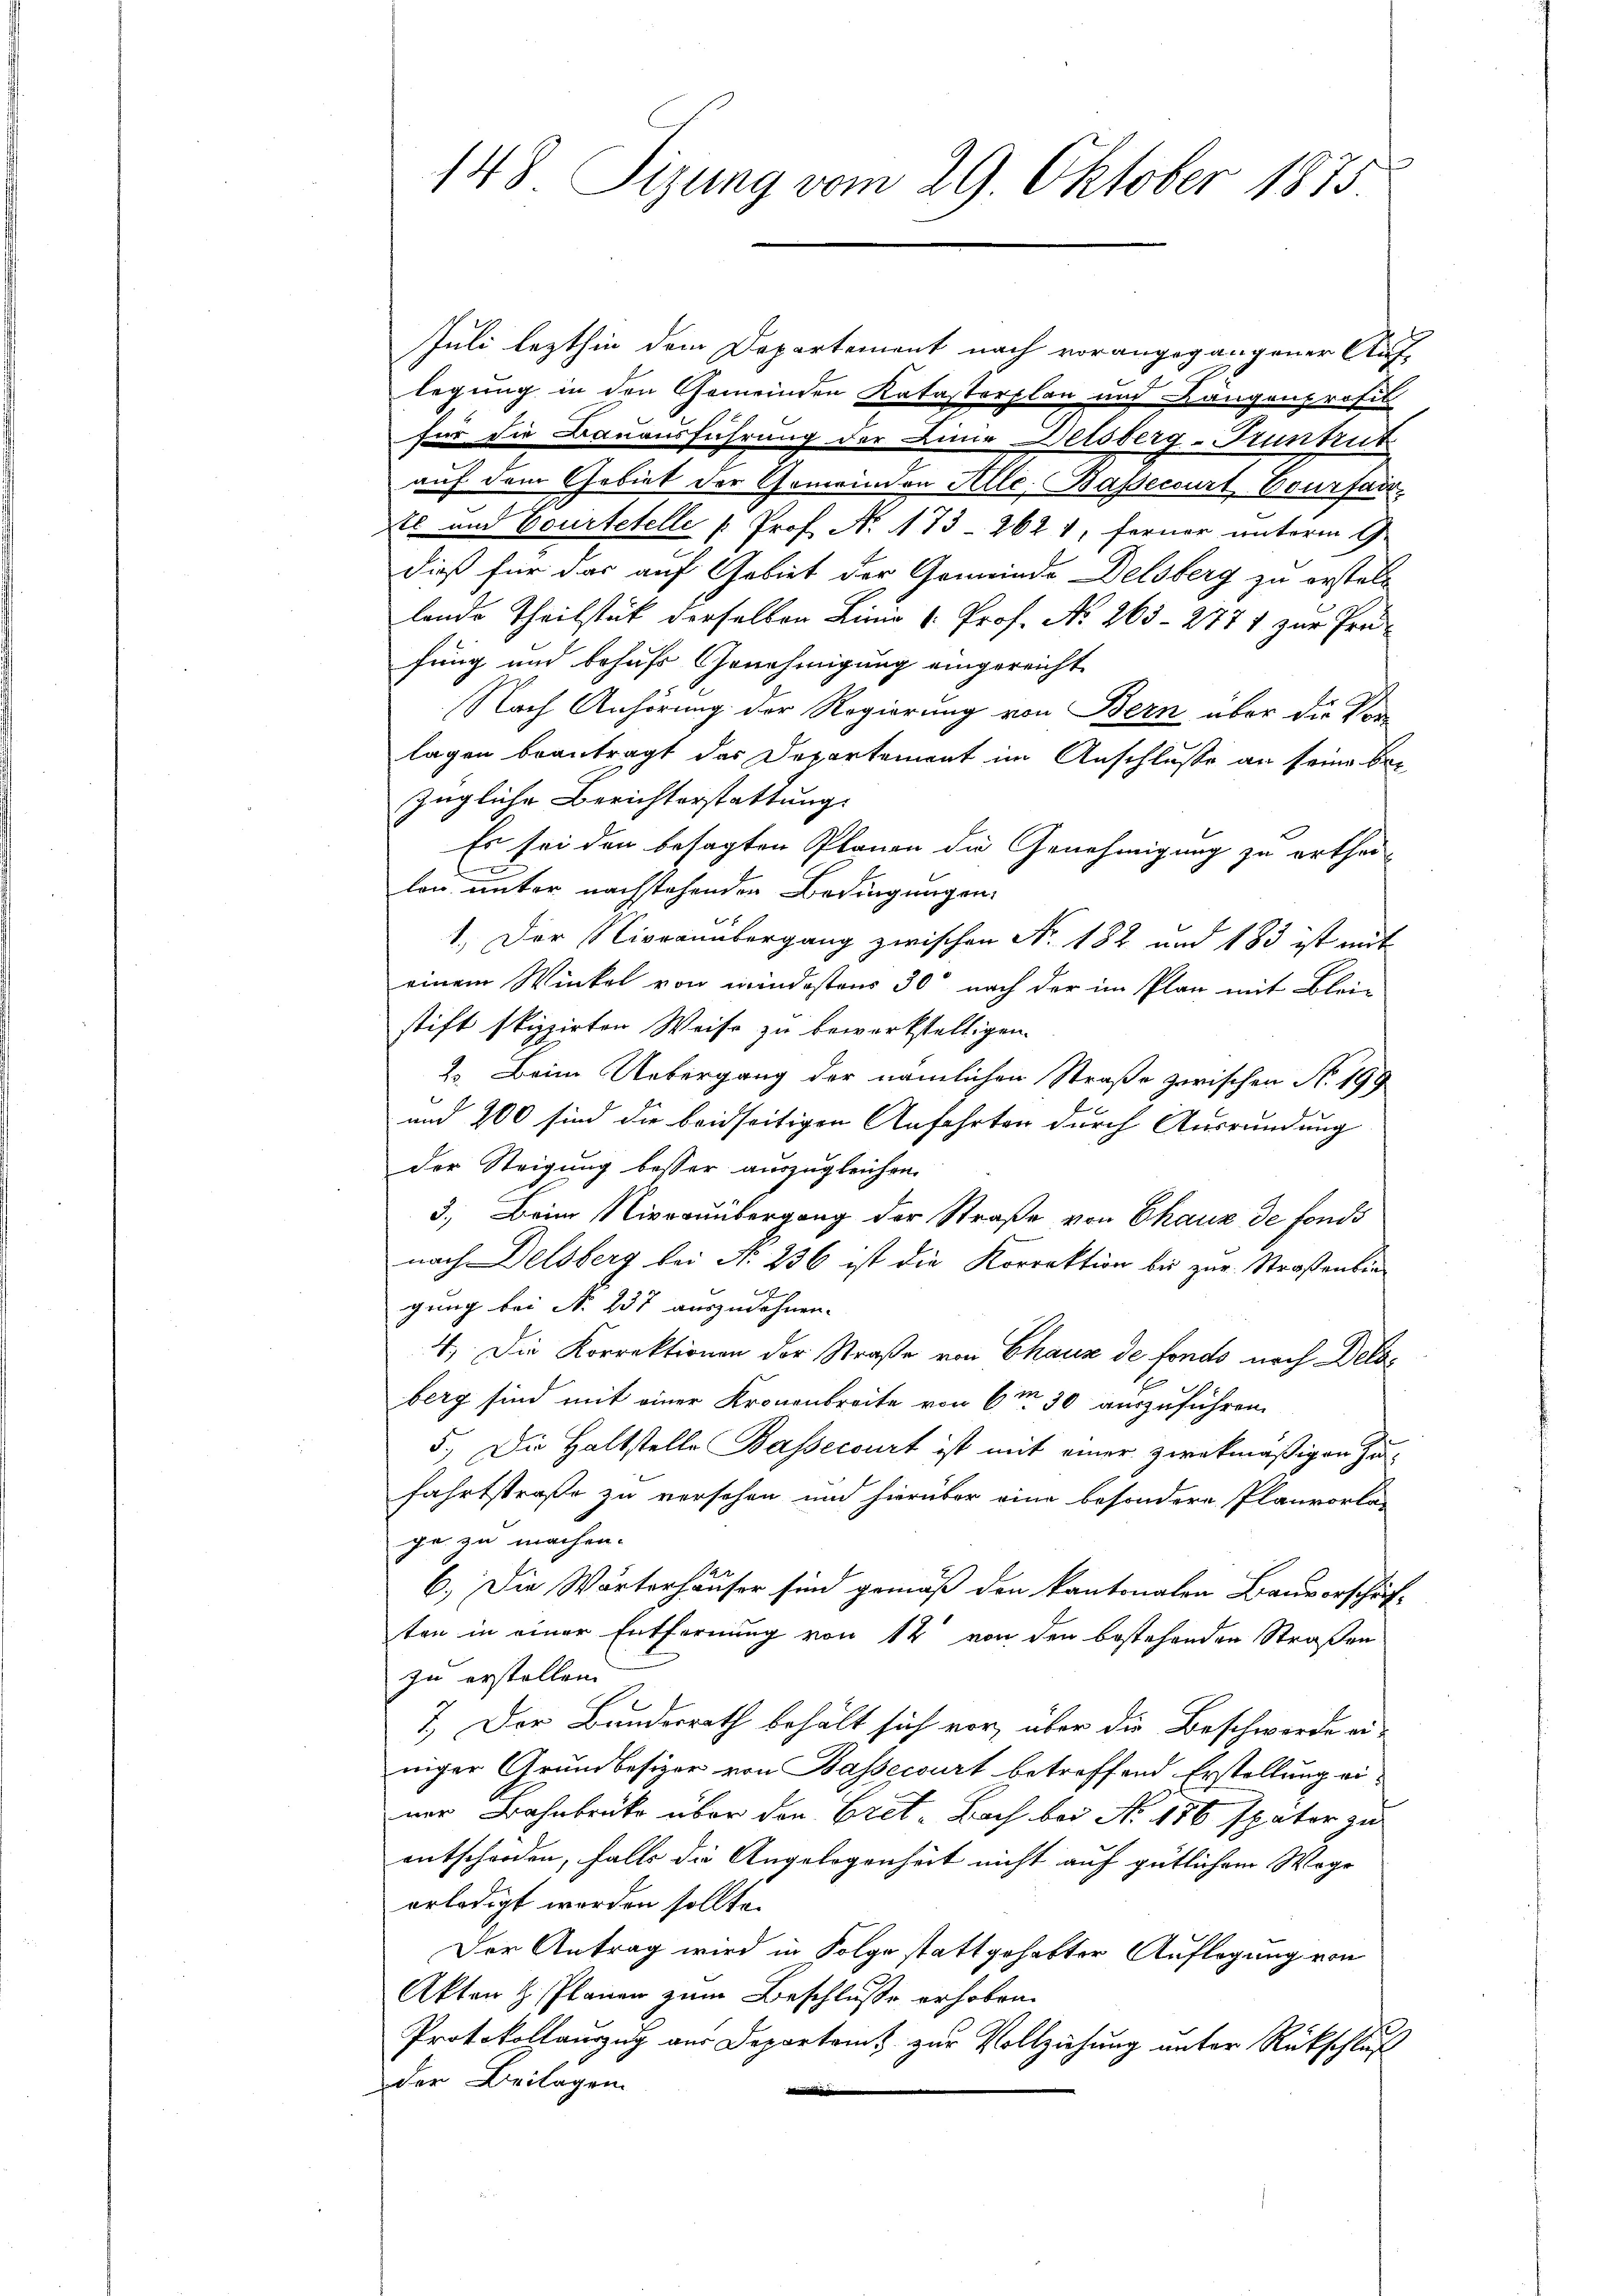
Juli lezthin dem Departement nach vorangegangener Auf-
legung in den Gemeinden Katasterplan und Längenprofit
für die Bauausführung der Linie Delsberg-Trunkut
auf dem Gebiet der Gemeinden Alle. Bassecourt Bourfar
sl und Courtetelle u. Prof. No. 173. 262 1, ferner unterm 9.
dieß für das auf Gebiet der Gemeinde Delsberg zu erstellt
lende Theilstück derselben Linie k. Prof. No 263 - 2771 zur Prä-
fung und behufs Genehmigung eingereicht
Nach Anhörung der Regierung von Bern über die Ver-
lagen beantragt das Departement im Anschluße an seine ber
zügliche Berichterstattung
Es sei den besagten Planen die Genehmigung zu ertheix
lon unter nachstehenden Bedingungen
1.) Der Niveauübergang zwischen No. 182 und 183 ist mit
einem Winkel von mindestens 30 nach der im Plan mit Bleistift skizzirten Weise zu bewerkstelligen.
2. Beim Uebergang der nämlichen Straße zwischen No. 198
und 200 sind die beidseitigen Anfahrten durch Ausrundung
der Steigung besser auszugleichen.
3.) Beim Niveauübergang der Straße von Chaux de fonds
nach Delsberg bei No 236 ist die Korrektion bis zur Straßenbingung bei N. 237 auszudehnen.
4.) Die Korrektionen der Straße von Chaux de fonds nach Delaberg sind mit einer Kronenbreite von 6m 30 auszuführen.
5.) Die Haltstelle Bassecourt ist mit einer zwekmäßigen Zufahrtstraße zu versehen und hierüber eine besondere Planvorle-
ge zu machen.
6.) Die Wärterhäuser sind gemäß den kantonalen Bauverschäf-
ten in einer Entfernung von 14 von den bestehenden Straßen
zu erstellen.
7.) Der Bundesrath behält sich vor, über die Beschwerde ei-
niger Grundbesizer von Bassecurt betreffend Erstellung einer Bahnbrücke über den Cret-Bach bei No 186 später zu
entschorden, falls die Angelegenheit nicht auf gütlichem Wage
erledigt worden sollte.
Der Antrag wird in Folge stattgehabter Auflegung von
Akten H. Planen zum Beschluße erhoben.
Protokollauszug aus Departamt zur Vollziehung unter Rückschluß
der Beilagen.

148 Sizung vom 29. Oktober 1875